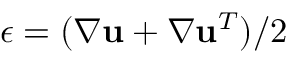
\boldsymbol { \epsilon } = ( \boldsymbol { \nabla } \mathbf { u } + \boldsymbol { \nabla } \mathbf { u } ^ { T } ) / 2